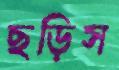
ছড়িস